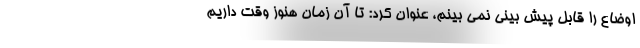
اوضاع را قابل پیش بینی نمی بینم، عنوان کرد: تا آن زمان هنوز وقت داریم